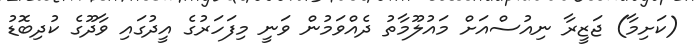
(ކަށިމާ) ޖަޒީރާ ނިއުސްއަށް މައުލޫމާތު ދެއްވަމުން ވަނީ މިފަހަރުގެ އީދުގައި ވާދޫގެ ކުދިބޮޑު